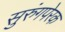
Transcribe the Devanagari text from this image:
सुरुंगपेरक